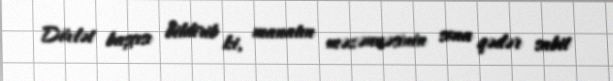
Dövlət başçısı bildirib ki, manatın məzənnəsinin sona qədər sabit